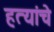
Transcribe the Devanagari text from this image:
हत्यांचे